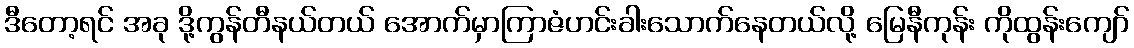
ဒီတော့ရင် အခု ဒို့ကွန်တီနယ်တယ် အောက်မှာကြာဇံဟင်းခါးသောက်နေတယ်လို့ မြေနီကုန်း ကိုထွန်းကျော်